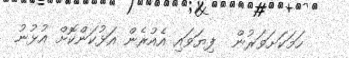
ހަމަކަށަވަރުން  ފިޔަވައި އެއުރެން އަޅުކަންކޮށް އުޅުނު